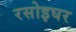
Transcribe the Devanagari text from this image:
रसोइघर